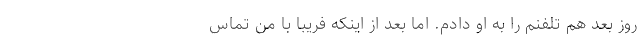
روز بعد هم تلفنم را به او دادم. اما بعد از اینکه فریبا با من تماس